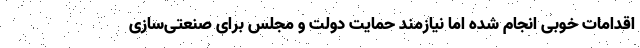
اقدامات خوبی انجام شده اما نیازمند حمایت دولت و مجلس برای صنعتی‌سازی